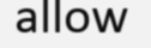
allow